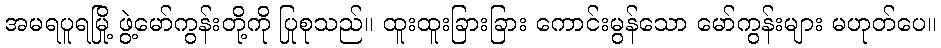
အမရပူရမြို့ ဖွဲ့မော်ကွန်းတို့ကို ပြုစုသည်။ ထူးထူးခြားခြား ကောင်းမွန်သော မော်ကွန်းများ မဟုတ်ပေ။